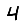
Digit: 4